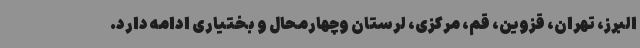
البرز، تهران، قزوین، قم، مرکزی، لرستان وچهارمحال و بختیاری ادامه دارد.